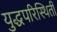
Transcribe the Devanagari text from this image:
युद्धपरिस्थिती